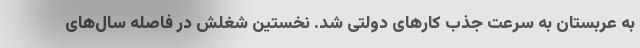
به عربستان به سرعت جذب کارهای دولتی شد. نخستین شغلش در فاصله سال‌های